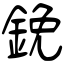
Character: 鋔